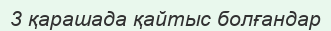
3 қарашада қайтыс болғандар